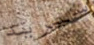
سيريد